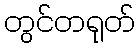
တွင်တရုတ်